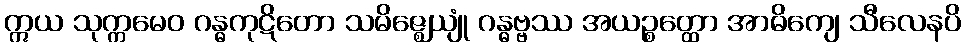
ဣယ သုက္ကမေဝ ဂန္ဓကုဋိတော သမိဇ္ဈေယျုံ ဂန္ဓဗ္ဗဿ အယဉ္စတ္ထော အာဓိကျေ သီလေနပိ